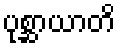
ပုစ္ဆာယာတိ